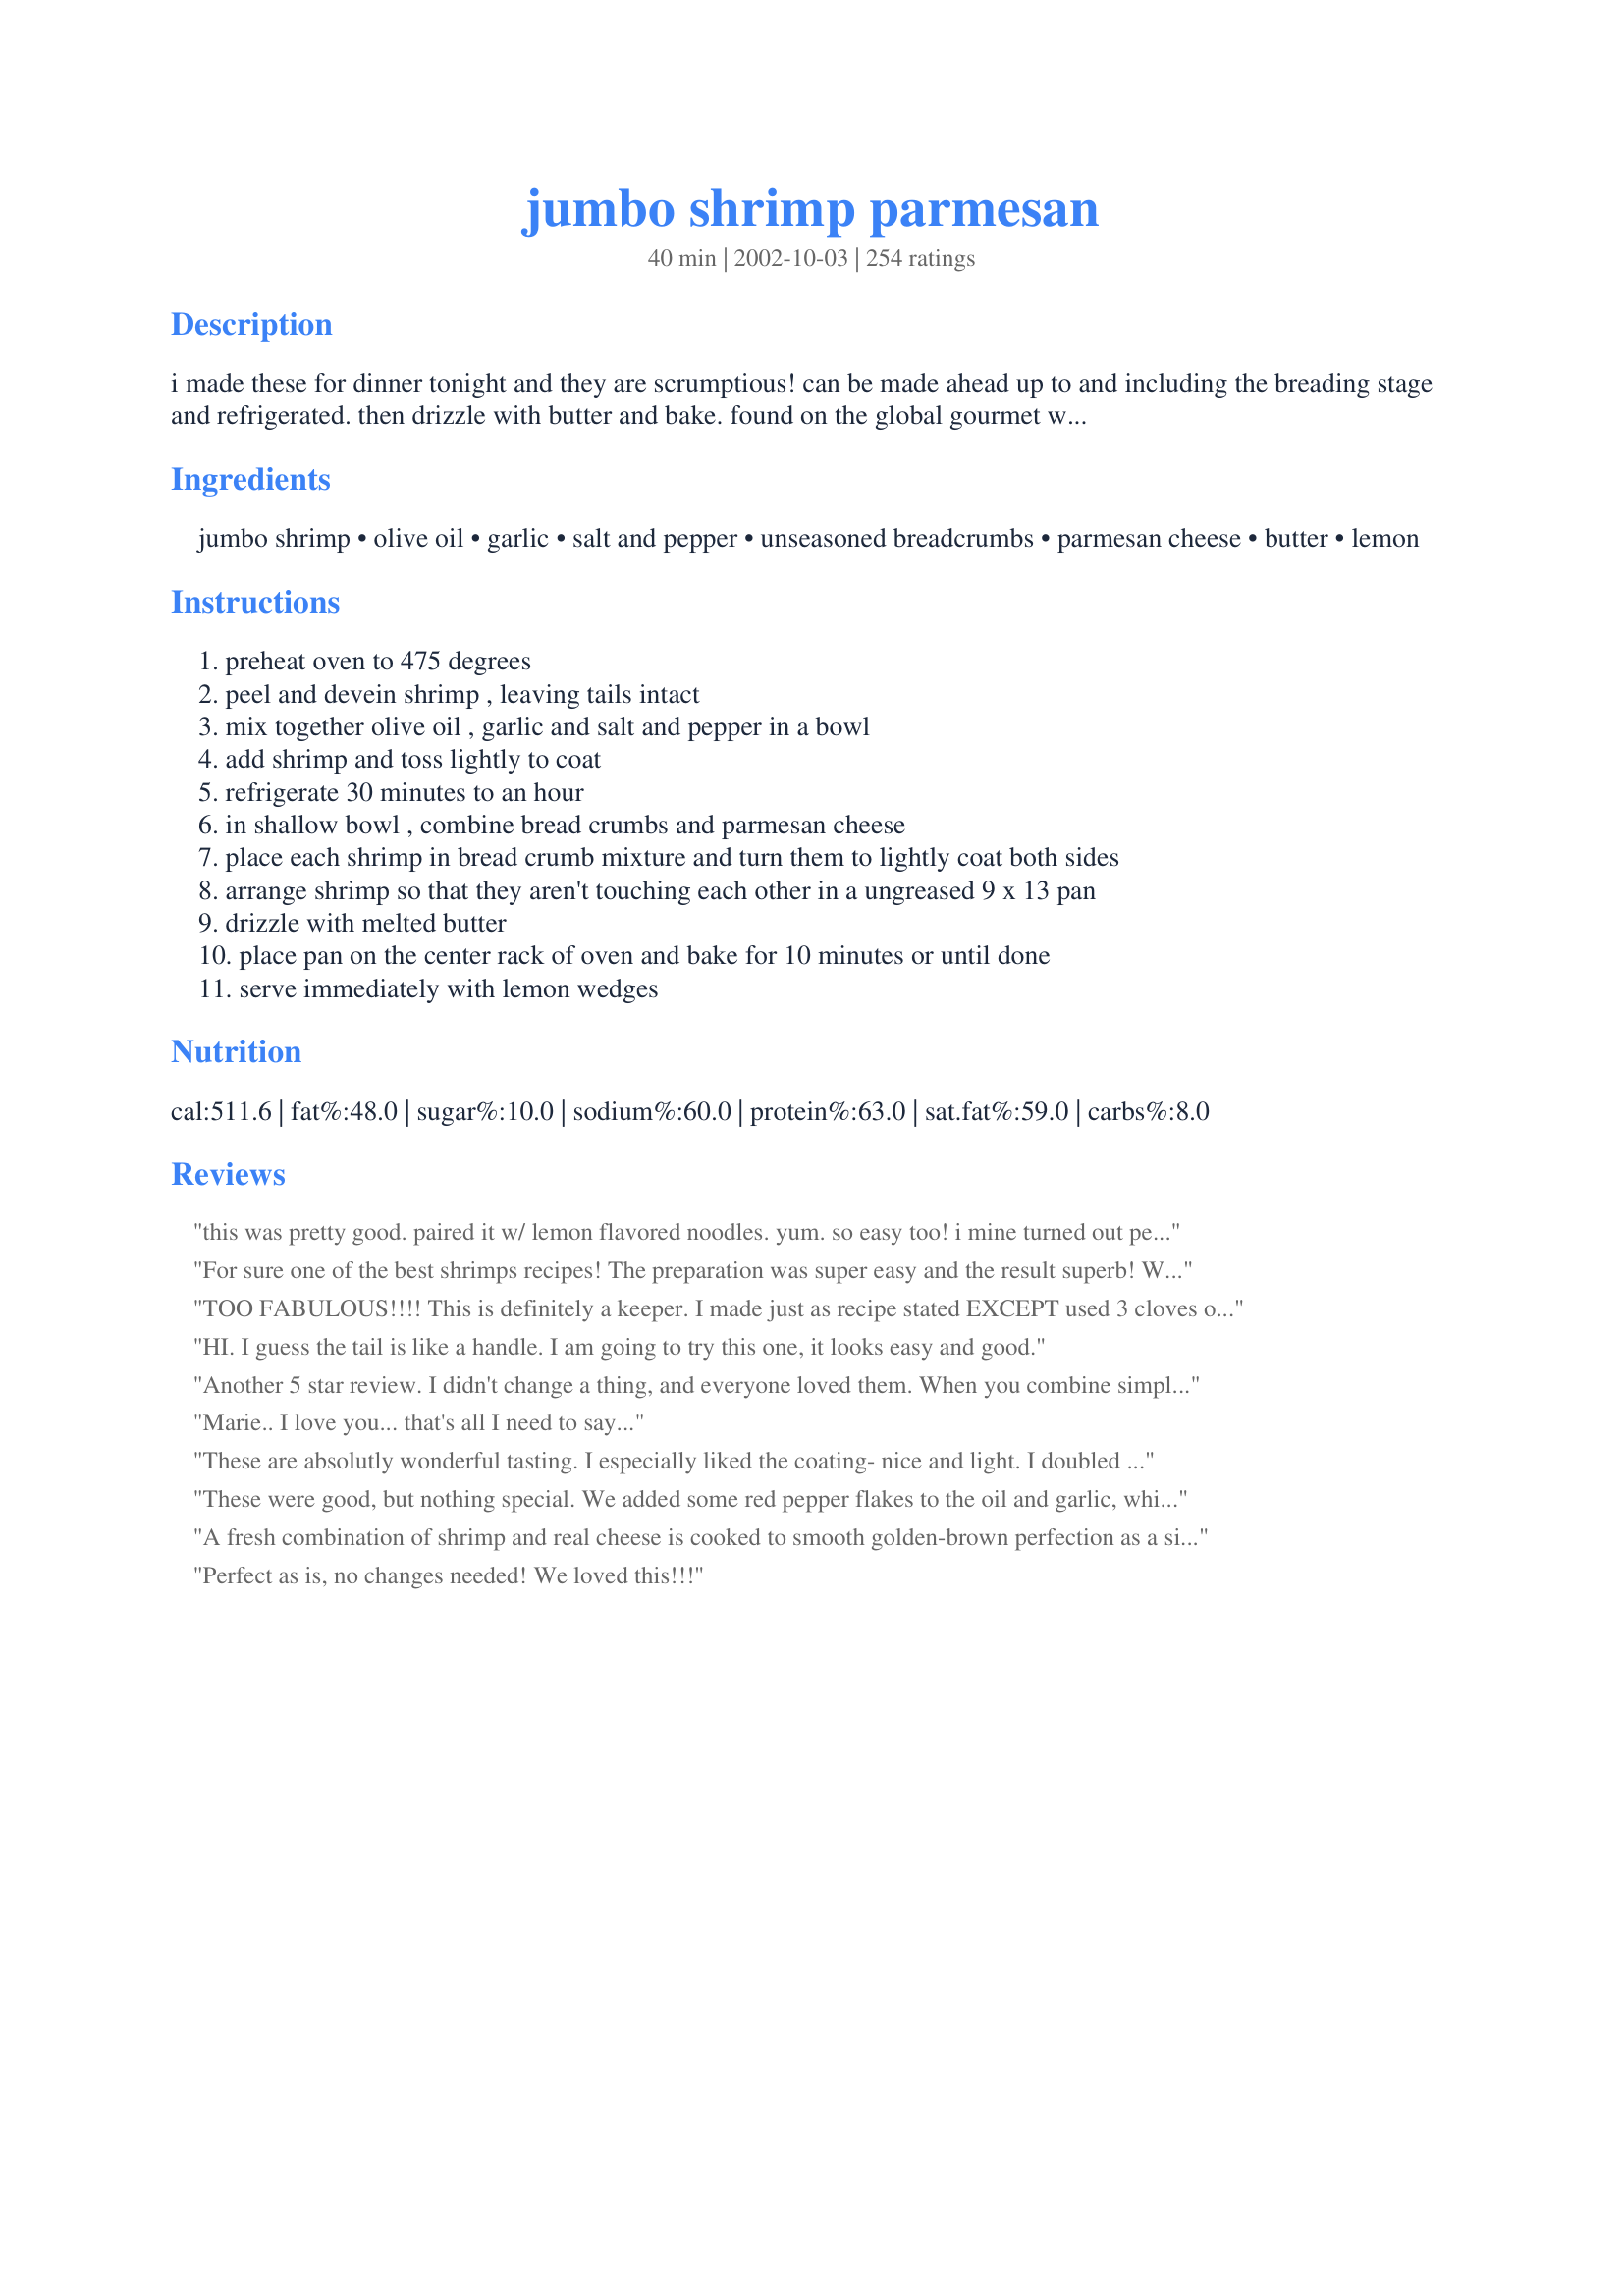
jumbo shrimp parmesan
Preparation time: 40 minutes

i made these for dinner tonight and they are scrumptious! can be made ahead up to and including the breading stage and refrigerated. then drizzle with butter and bake. found on the global gourmet website.

Ingredients:
jumbo shrimp, olive oil, garlic, salt and pepper, unseasoned breadcrumbs, parmesan cheese, butter, lemon

Steps:
preheat oven to 475 degrees
peel and devein shrimp , leaving tails intact
mix together olive oil , garlic and salt and pepper in a bowl
add shrimp and toss lightly to coat
refrigerate 30 minutes to an hour
in shallow bowl , combine bread crumbs and parmesan cheese
place each shrimp in bread crumb mixture and turn them to lightly coat both sides
arrange shrimp so that they aren't touching each other in a ungreased 9 x 13 pan
drizzle with melted butter
place pan on the center rack of oven and bake for 10 minutes or until done
serve immediately with lemon wedges

Reviews:
this was pretty good. paired it w/ lemon flavored noodles. yum. so easy too! i mine turned out perfectly crisp even w/ butter drizzled on top. just had to broil it in the end. squirt of lemon b4 serving made it even more perfect. thanks for sharing!
For sure one of the best shrimps recipes! The preparation was super easy and the result superb! We enjoyed this over spaghetti!
TOO FABULOUS!!!! This is definitely a keeper. I made just as recipe stated EXCEPT used 3 cloves of garlic (true garlic lovers). People were arguing over who was going to get the last one. We ended up slicing it 3 ways. Fortunately we had the huge prawns from Costo. This is definitely a keeper in this house. Thanks so much!
HI. I guess the tail is like a handle. I am going to try this one, it looks easy and good.
Another 5 star review. I didn't change a thing, and everyone loved them. When you combine simplicity and outstanding flavor you have a winner - and this is it.
Marie.. I love you... that's all I need to say...
These are absolutly wonderful tasting. I especially liked the coating- nice and light. I doubled the recipe and added 2 minutes to the cooking time to compensate for multiple trays at different levels in the oven. Prepared the recipe as written with the following exceptions. I used Panko breadcrumbs, 1/8 cup freshly grated parmesan cheese, and 1/8 cup freshly grated romano cheese. I did use a cooking spray on the baking pans and omitted drizzling 2 tablespoons of butter. Thanks you for the recipe I will make these again and again.
These were good, but nothing special. We added some red pepper flakes to the oil and garlic, which added a good spice. It was missing something, maybe pan-frying would give a crispier crust or serving with a dipping sauce next time. Thanks
A fresh combination of shrimp and real cheese is cooked to smooth golden-brown perfection as a side-dish.
Perfect as is, no changes needed!
We loved this!!!
I baked 2 pounds of 31-40 count as an Easter appetizer. Wow! Everyone couldn't stop eating them! My friend was amazed that the recipe was so simple. The only change I made was that I used Italian seasoned breadcrumbs since that is what I had on hand. I think the seasoning gave them added flavor so I will continue to use in the future. Thank you Marie!
I made these for a few friends for dinner. They were a huge hit!! Will for sure make again
Killer!
Another high five from a shrimp lover! The combination of shrimp, garlic, and parmesan was a winner in this house. All these ingredients mingled perfectly. This recipe will be reached for again and again! Thank you!

I too used large frozen shrimp. About 45 to a pound. I let them unthaw before I marinated them and cooked them for about 5-6 minutes.
Made these one night when hubby was away so I made them in 2 8x8 pans so he could have some the next day. They were wonderful and sooo easy! Hub got home around midnight and tried the one I left him as a tease and fired up the oven and cooked his right then. Now he wants them once a week with a salad as dinner. Great recipe!
This was a delicious dish that we really enjoyed and so easy to make. I used 1 pound of extra large shrimp and panko bread crumbs. I marinated the shrimp in the olive oil and garlic for 2 hours. Just prior to putting it in the oven I sprinkled them with cajun seasoning and then drizzled the butter on them. Excellent! I will be making these often.
With all these reviews I knew this would be and excellent recipe and it was!
Definitely one of the best shrimp recipes of all times. My husband wanted me to make it again the following night! So easy and really delicious. I made exactly as stated and served with roasted asparagus and a cauliflower gratin and a salad. Thanks for posting.
These were great! Followed the recipe exactly.
Excellent!! No "jumbo" shrimp available, so I used large shrimp (16-20 ct.), italian bread crumbs, and a little extra garlic. Left them in the oven an extra 2 minutes to get a little crisping, and they turned out superb! Thanks for a great Valentine's dinner, Marie!
Omigosh, marie, these are soooo fine!!!

I had a small problem with the cooking time, but it wasn't the fault of the recipe. The only seriously big shrimp my market had today was the size they classify as "colossal". (1.02 lbs., and I only got 8 shrimp.)

I allowed an extra 2 minutes for the size....but had to stick them back in the oven for almost 3 minutes more. (Those suckers were huge!!) Served with lots of lemon wedges, as suggested, and a very spicy cocktail sauce on the side. 

This had to be the best 10-minute meal I ever fixed!
UMMMM! These were SOOOOO GOOD!! Turned out perfect! I used 1LB of jumbo shrimp, Panko breadcrumbs, and added a few dashes of hot sauce.. but not enough because they were not spicy. Also in the marinade, I sprinkled about 1/2 tbsp dry basil. We didn't even use cocktail sauce, cause they were so good they didnt need ANYTHING. Oh, one more thing, I did as one of the reivewers said.. I put oven on BROIL, and timer for 10 minutes, and after 5 minutes, i turned the shrimp over. I will do 2lbs SHRIMP next time, because we COULD NOT GET ENOUGH! 
Thanks for sharing...
Great flavor, super easy to prepare, simple ingredients I have on hand most of the time. I actually used frozen shrimp(31-40 size) and they turned out great. My 1 yo and 3 yo even loved them :)
Absolutely THE best shrimp EVERRRR!!! We used 2 bags of the frozen medium shrimp and added some garlic powder, onion powder, and some italian seasoning to the breadcrumbs. We also used like 5 cloves of garlic. Super amazing. Will be making like... everyday!
Great alternative to fried shrimp!!! I used some extra large shrimp with tails on and some romano cheese along with the parmesan... I made these for my BF for Valentine's Day and we both loved them... He thought they tasted better than fried shrimp and I loved the fact that they were so much easier to prepare and cook... and healthier than deep frying! I loved how the sweetness and tenderness of the shrimp really came through when prepared this way!!! Thanks for sharing!!!
Absolutely delicious!! I loved this style for cooking shrimp. The shrimp were crispy on the outside and very tasty! Next time, I'll skip adding salt since the Parmesan provides enough. Thank you for a great recipe! A winner for sure!
Oh!! My!! God!!!
This was out of this world. I could chow down on this recipe every day. Perfect flavor, perfect taste. Any one who makes it will fall in love.
Definitely a hit here tonight. The only negative thing I have to say is that the bottom of my shrimpies burned black. I don't think it was the recipe at fault.. I think my temperature knob on my oven may be off. But regardless, they were spectacular and I will definitely make these guys again!
Simple, light, quick, easy, elegant!
This was the best tasting shrimp that ever graced my tastebuds! Didn&#039;t change a thing except I used a 3cheese mix (romano,asiago and parmesan) since I didn&#039;t have parmesan on it&#039;s own! Thank you so much for this recipe :)
Loved it! Had to use some Italian seasoned breadcrums and subsituted regular butter with some Brummel & Brown yogurt butter. It turned out great.
These are so yummy and crispy...I just squeezed a bit of lemon juice on them...they are a keeper...made for &quot;the best of 2017&quot; tag game...
Amazing to eat and easy to make. A total winner with my DH and I! We had them for our anniversary dinner and what a nice surprise!
Very good! I love that they have great flavor from the marinade and they are not heavily breaded. I omitted the butter drizzle and used a bit of olive oil. An EZ & Tasty dinner, thanks Marie!
These were very tasty and an easy weeknight meal. I tossed my shrimp with lemon juice prior to breading so they would stay crisp. Thanks for posting!
EXCELLENT! The easiest and tastiest shrimp I've ever had that were not fried! I did marinate fresh local shrimp about 6 hours, which may have made them so very tender. 

The only problem I had was getting enough of the bread crumb mixture to stick to the shrimp. (I had almost 1/3-1/2 of crumb mixture left) I did add 1/2 teaspoon fresh ground pepper, 1/2 teaspoon Cajun seasoning, and 1/4 teaspoon seasoned salt to the (Panko) bread crumb mixture.

A delightful alternative to fried shrimp! I will be making these again and again! Thanks for a great recipe.
I prepared this for my DH as I don't eat shrimp. I used 12 41-60 count shrimp amd marinated them in 1 Tblsp olive oil, 1/2 tsp lemon juice, 1 fresh clove minced garlic and some fresh ground black pepper for about 2-3 hours. I used about 1/4 cup breadcrumbs (Quick bread crumbs for Casseroles recipe #57875 which I had in the freezer - great recipe!) and 1/4 cup parmesan cheese. I baked them 10 minutes. My DH loved them. Said the flavor was outstanding! They were pretty easy to prepare, especially since I did the first part of the prep earlier in the day. Thanks for sharing your recipe Marie!
Made this for dinner last night. It was so simple yet so very delicious! I used Trader Joes 1 lb. bag of already peeled and deveined jumbo shrimp (so convenient) and panko instead of breadcrumbs. I also lined the pan with parchment paper before baking. Thanks for sharing this recipe Marie. Everyone should try it!
Delish! The only thing I would do different is to use larger shrimp than the ones I had. Thanks for an easy recipe that's fab!
I made these for dinner last night and they were wonderful! I used 1 pound of medium shrimp and it worked out fine. These would make great appetizers as well. Thanks for posting!
These shrimp were delicious! My husband and I both loved them. This is our new favorite way to cook shrimp. (Note: the only change was that I used italian seasoned breadcrumbs, as that is all I had in the pantry).
Delicious! Goes well with chicken breast also
My husband and I thoroughly enjoyed this delicious recipe. I basically followed the recipe but I had to make a substitution and use shredded Parmesan. I made fresh bread crumbs and just threw the shredded Parmesan into the processor with the bread so it would have a texture similar to the grated. I butterflied our shrimp because they were really jumbo. Lightly battered as directed and put them on a foil lined and lightly oiled pan before drizzling with the butter. I baked them about 13-14 minutes. I will be making this one again and again!
Thank you Marie for a awesome recipe. I paired your Jumbo Shrimp Parmensan with David Ball's Buttered Egg Noodles #11107 and it made for a great marriage.
Bought 6 shrimp at the store for $1.25. Treated my husband to a fantastic pasta alfredo dinner served these babies along side and he was utterly speechless. Fantastic recipe. Honestly had never even touched a shrimp before and they came out PERFECT!!! CHEAP and FANCY!!
The shrimp turned out crispy and flavorful. I served with with steak and it went over well.
We loved this, and it was so easy! I made the shrimp exactly as written. I also made angel hair pasta with a sauce of olive oil, butter, and garlic, and tossed it with some fresh parsley and grated Parmesan cheese. Put it all together and... Yum!
I absolutely loved these. It was pretty simple to make, and well worth it. I was sick of making the standard Shrimp Scampi or Shrimp Marinara, and this definitely mixed things up a bit!
I didn't have large shrimp, so I used smaller with excellent results. They cooked in about half the time. I look forward to eating this again and again!
Wouldn't change a thing! Absolutely fabulous!
Loved everything about these tasty morsels from the sea! Everyone enjoyed to the max! I wiill make again soon to bring to a family cookout. I am sure they will be a hit! Thanks Marie!
My daughter requested this for her 10th birthday dinner. It was simple enough that she was actually able to do it almost completely on her own, yet tasted like something much more complicated. Everyone loved it, young and old alike. We served it with other seafood and a rice pilaf. I think the only change I would make next time is to line the pan with tin foil to make clean-up easier. Thanks! :o)
i did these for my dinner party last night and everybody raved about them. they are very easy and i used king size prawns instead of tiger prawns. excellent
ooops..I forgot to give this one the 5 stars it deserves!! Great dish!
WOW. Made as directed, except I omitted the drizzled butter, removed the tails and sprinkled paprika over the top before baking. Made for a dinner party and these were a HUGE hit. Can't wait to make again. Thanks a lot!
Tail on is visually more appealing than &quot;tail off&quot;, makes the shrimp &quot;look&quot; larger (tricking both your brain and your stomach,) and may help in not over cooking that end of the shrimp.
I had company last night for dinner and decided to make these to go with a few other appetizers I was making. They came out great! Dawn
SOOOOOO delicious! I had gone out to eat and ordered shrimp parmesan and when I found this recipe I knew it would be great. I served it with the classic baked spaghetti #32731 and the shrimp dissapeared...will be making very very often. Thanks marie!
This is really fabulous. I followed the recipe exactly other than using seasoned bread crumbs (what I had) and not having lemon so dribbling some bottled lemon juice over the top before serving. I will definitely be making these again, especially for company. SO EASY! Going into my Best of 2018 file!
We have made this probably a dozen times and the only thing we have started doing lately is squeezing lemon and lime on the shrimp before eating. Wow!
These were every bit as good as I had hoped!I lined the baking sheet with Pam sprayed foil. Can't wait to make these again! Thanks so much, Marie.

Roxygirl
I used panko bread crumbs and parmesan that I grated in my good processor which I think detracted from how much better they would have been because the bread crumbs and the parmesan were not fine crumbs they were quite large which made sticking to the shrimp difficult. Next time I'd either process them smaller or use regular bread crumbs and grated parmesan reggiano from the store.<br/><br/>FANTASTIC FLAVOR! UPDATE: I just made these again tonight and used finer, homemade, bread crumbs... they worked great and I love the flavor.
These are easy to whip up and they taste so good, you'll be going back to the pan till they are gone! We loved these!
We all love this one, especially hubby who requests it on a regular basis...at least twice a month. We always serve over cesar salad with garlic bread.
Terrific Shrimp recipe.... THANKS
Really great shrimp recipe. Simple to make,and just a few basic ingredients. I used Panko breadcrumbs, and a combination of Parm and Asiago cheeses. Simply wonderful, and wonderfully simple. I will make this one again for sure.
They were really easy to make. I got the 20-something to 30 count shrimp, and I took the tail off too, because I hate to get my fingers dirty again and I want all the shrimp meat. I also used planko bread crumbs because it is what I had. They were great. They had a nice light taste and the lemon added to the flavor. I enjoyed it both with and without the lemon on them.
This is a really great recipe! Thanks for sharing
This dish was yery easy to put a great meal on the table. The shrimp were perfectly done and had a great flavor with the cheese and garlic. I loved adding the splash of lemon at the end, thanks for posting.
This was a very easy and delicious recipe. The only thing i changed was down sizing the jumbo shrimp to regular sized shrimp. I made atleast 2 dozen. I'm going to continue to make this for years to come.
DH loved this recipe! We used it for our traditional Xmas eve seafood extravaganza. He liked it much better than fried shrimp. We used regular sized shrimp. DH recommends pulling the tails off before baking for easier eating.
DH and I both loved this recipe. I did not have jumbo shrimp so I just used a pound of medium peel and eat and they were great!

I did not coat each shrimp individually, being lazy and all. I just put them all in the coating mix, made sure they were well covered and then poured the whole thing onto the sheet. It was scrumptious!

Also, I forgot the melted butter in the microwave. So this was omitted.
Ok.. another review.. I know it doesn't need it but I made these last week and they were delicious. I didn't have unseasoned bread crumbs so I used Italian Style crumbs and the shrimp were very good.
Wow...I'd give this 10 stars if I could! This is one of the best thing I've ever eaten. Tastes like something you'd get at a fancy restaurant. I didn't have any plain breadcrumbs, and used seasoned Italian breadcrumbs instead. AWESOME, thanks!
Wow, did we ever enjoy the shrimp prepared this way. Thank you so much for sharing this wonderful recipe that has made it into my Best of Cookbook for 2017. Kudos to you... The shrimp were incredible, perfectly cooked, flavorful and had a wonderful texture. Made for What's on the Menu? Tag Game.
Quick, easy, and delicious! These shrimp taste like they've been fried, even though they are baked in the oven (much healthier). I used seasoned breadcrumbs and served these along with lemon risotto. Great recipe, thank you!
Superb! Wanted to see if this recipe would make good appetizers if smaller shrimp were used. It does! I used one pound of 41-50 count shrimp and the other ingredients and quantities as written. They baked in five minutes and were outstanding.
A little bland. I tried this with the So Easy Fish (#7913). The fish turned out very good, but next time I'll try broiling or BBQing the shrimp.
Excellent! I made the recipe as directed using 1 1/2 pounds of U10-12 shrimp and marinated for 1 hour. The shrimp came out perfectly cooked with a lovely garlic-Parmesan flavor. Great recipe Marie, goes into my "book of special tricks" !
So very good!!! Easy to make and so good!
Marie, all I can say is MMM GOOD!!! We had these last night for dinner and DH devoured them. I sprayed them with I Can't Believe and put on a rack so they would crisp up. They came out perfect (like they were fried). The only thing I did was added some lemon zest to the breading. We will definitely have them again. Thanks.
Amazing!!!!
Loved it!!!! YUM!!!!
Wow, what a great recipe - Baby Kato was right to include this in her Best of 2017 list! The shrimp were super easy to prepare (and fast!) with ingredients always in stock at my house. This would be a wonderful entree to prepare for guests, or just as an easy weekday dinner like tonight! Thanks for posting!
Great easy easy recipe! Subbed Italian breadcrumbs for plain and naturally, added more garlic! Served with a bottled romalde sauce and it made for pretty darn good "gourmet" fare! Thanks for a great easy recipe! The kind everybody likes!
This was delicious. To make it a bit more healthy, we skipped the butter and use half the parmesan cheese.
Wow What was not to like! =) Simple, easy to prepare and delicious!! The seasonings are just right. They add a nice bit of zap and still let the flavor of the shrimp shine through. Excellent!
I made these last night they were great! I added more spice 'couse hubby likes a kick to them but were very easy to make. thanks.
My husband and daughter gave this 5 stars, my son and I gave it 4.5. It is super easy and very good. I did as others suggested and broiled the shrimp a couple of minutes to get them a bit more crispy. Thank you so much for the recipe, Marie!
I have made this recipe numerous times. It always turns out the same- absolutely delicious! Thank you for sharing it!
This an all-around great recipe. Simple, easy, and delicious! My guests for Christmas dinner raved. I served the shrimp on beds of garlic-sauteed spinach.

I'll be making this dish again soon. I think I might reserve the butter until after the shrimp have cooked, so the breading gets crispy. 

Thanks for a great recipe!
Absolutely fantastic! I've made on Sunday and my family loved it!
Delicious and easy to make! My husband and son loved it! Thank you for the great recipe!
I have made these a couple of times and they are just great. I served them with Recipe #51504 and Recipe #50847. Great, easy meal.
YUMMY! These shrimp were simple and great! The only change was to use some cajun seasoning instead of just salt and pepper. I served them with a long grain and wild rice and a couple of vegetables, and we loved them for dinner. I doubled the recipe since I had a 2 lb bag of frozen shrimp. The next night I made pasta, Aglio e Olio: spaghetti with EVOO, crushed red pepper, and garlic, and added some mushrooms. At the last minute, I threw in the leftover shrimp to warm and tossed them into the pasta. We couldn't decide if we liked them better plain the night before, or in the pasta made with the leftovers! GREAT RECIPE!!!
My husband said it was ok - he didn't think it had much flavor. My kids LOVED it!! They argued over what rating to give the recipe.
I've always been afraid of cooking shrimp. These turned out perfectly! Can't wait to make them for company.
Delicious! The best shrimp ever.
Excellent!! Paired mine with a nice green salad with mandarin oranges & cranberries in it. A nice light meal but very satisfying.
This is a great recipe. Shrimp were tender and oh so tasty. I did not have unseasoned bread crumbs so used Italian and it was wonderful. Thanks Marie!
i made these for labor day weekend as we had company, and i had to give them the recipe...it was a huge hit and looked like it took me all day to make...fantastic
Shrimply delicious! Great, easy and quick, what more could someone ask for. A shrimp lover's delight. I can't wait to get more shrimp and make this recipe again. Thanks so much for posting.
I'll add my 5 stars to this one. I did add the juice of a half of lemon to the olive oil, garlic mixture, but other than that made as directed. Absolutely wonderful. Thanks so much for a great recipe.
This recipe is insane and couldn't be easier to prepare! Jumbo shrimp have been on sale so I have been stocking up and am tired of scampi. Company was coming over and I found out *very* last minute that one guest has not been able to eat crab so I had to switch to something from shrimp stuffed with crab meat. Thankfully I had all ingredients on hand; didn't change a thing in this recipe. My guests eyes lit up when the platter was presented, piled high with these golden beauties. I paired these with a spinach salad and garlic bread. Wonderful!
These were a real hit, and oh so easy to make. I didn't use the butter either and they turned out great still!
Delicious! I even omitted the butter & used spray margarine, added a tsp of Old Bay seasoning and it was melt in your mouth good. Thanks!
Very tasty. Made this to go along with So Easy Fish #7913 and sort of combined the breadcrumb mixture for both recipes (breadcrumbs, parm cheese, lemon pepper and garlic powder) and used it for both the shrimp and the fish. Very tasty. Thanks for the recipe!
These shrimp were fabulous and would go great with pasta. The flavor and texture was better than most restaurant fare. Used parchment paper in the pan and clean up was a breeze.
Made these shrimp for an office party using medium shrimp and doubled the recipe. Needless to say, they were all gone in a flash.
ooh lala! i used large shrimp and had fantastic results. prepared the shrimp with all the same ingredients, but made adjustments where necessary to get them nice and covered in the marinade. i loooooove garlic so i added 4 cloves, and the flavor was perfect. this one deserves more than 5 stars! even my picky BF thinks so-- thank you marie!
These were pretty good. I will stick them under the broiler next time to make them crispy. Hubbyy thoroughly enjoyed them.
Absolutely fantastic...followed the recipe exactly. I also used panko. Will be making this again soon! Thanks!
Excellent - alos used Panko. The garlic seemed really strong - but my family said it was fine. Will definitely make again,
Awsome. Easy and simple. No wonder all the stars. Thank you
Made for 12 people last night using 20ct prawns. For the breading, I used regular panko, garlic herb panko, parmesan cheese, and some potato flakes for some extra crunch. I sprayed with a butter spray rather than drizzling with butter. The baked up perfectly in 10 min. I served with a few different sauces... pineapple habanero, champagne grapefruit cardamom mustard, remolaude, and cocktail sauce. I had rave reviews from everyone!! I will definitely make again and will also be trying this recipe with fish.
This was very good and very quick to make. There is a restaurant right by our house that makes the best shrimp parmesan and I guess that's what I was expecting. While this was delicious, it wasn't quite as good.
Very excellent (and easy) recipe! I actually used smaller shrimp since I only ever seem to have the 31-40/lb shrimp. And while it was more of a pain to coat them and spread them on the pan they were still delicious! I also removed the tails.

I think that next time I may bake them just a minute or two longer for a bit of extra crunchiness.
Wanted new shrimp recipes other than my herb grilled shrimp from Ina Garten. Looking for simpler recipes than I have been making from the food channel. They&#039;re great but you can&#039;t do it on a regular day when yore tired or not in the mood. This website seems to have some easier recipes from real people. Love that. This shrimp was AMAZING! Crunchy and flavorful. I did use Panko and extra garlic. Loved it!
I made this tonight as surf n turf with beef tenderloin. Only change I made was to season the oil with zesty Italian dressing seasoning for the marinade. It was excellent and all who had dinner really enjoyed the new recipe. Already moved to my "Tried and Wonderful" cookbook!!
I had to use gluten free bread crumbs due to a family member's gluten intolerance, but otherwise followed the recipe. They turned out great and were enjoyed by all. Served with a side of garlic chive noodles.
This was fabulous. I used Kasseri cheese and added ~1/2 tsp. italian seasoning to the oil/garlic marinade. Taste was fantastic. I will definitely make this again.
Fantastic, I would give it more stars if I could. I followed the directions, except I used Panko breadcrumbs, it gave them a nice little crunch. Dee-lish!

Update: Even tastes great reheated in the microwave the next day!
This recipe is great! It has been a while since I have heard my husband go on and on about one of my dinners, but he did last night. Thanks for the recipe!
I love shrimp, but didn't love this. I really wanted to. Sorry! The flavors just weren't quite what I was expecting.
Wonderful shrimp. Most of us never had shrimp made with Parmesan before and let me tell you these were gone in minutes! Thanks for sharing, Marie!!!

Yep, another 5 star review. The shrimp are excellent and the preparation easy.
This was very good and so easy that my nine year old enjoyed helping. Prep time is mostly the marinating time for the shrimp. It really only took about five minutes total prep time for this dish. I served mine with Pasta and garlic alfredo sauce and brussel sprouts. I drizzled the butter on the shrimp with a teaspoon, but a medicine dropper would be good to use too, because they do not need but a few drops on top of each shrimp for them to turn out nice and golden/crispy. Very good and thank you for posting.
very good. Iwill continue to make shrimp this was....thank you, Stephanie
Stop it already! I can't afford to do this two days in a row! So delicious, so easy, so perfect. I did wonder one thing when I made it the first time, should I use fresh grated parmesan or the "green can stuff"? I'm sure its good either way. BTW I used the Kraft!
Excellent! ABSOLUTELY THE BEST SHRIMP I'VE EVER HAD! I've made this several times and the only changes I've made were to use 30 count shrimp and Key Limes. Both are merely personal preferences. Thanx for posting this great recipe. Pierre
Out of this world! Seriously, one of the best shrimp recipes I have ever prepared. I used panko and a huge squeeze of lemon. I doubled the recipe and there were no leftovers. Thank you for sharing this simple, tasty recipe!
I made this tonight for my husbands friends that came over to watch a boxing match . they loved it. I also loved it . very easy I made it the day before. and it came out great
Does anyone watch The Goldbergs? The mom's signature dish is shrimp parm! I am making today, cannot wait to try
Yummy! I didn't make enough!! I only made 4 large (not jumbo) shrimp for each of us, and both of us wished we had more. :) I marinated my shrimp for about an hour. Forgot to drizzle with butter for the first few minutes of cooking, freaked out because they looked really dry when I finally DID drizzle them, but they turned out delicious anyway. :) Skipped the lemon as I didn't have any on hand. Served with Recipe #12365 tossed with mini pasta shells and a salad for a great meal. Thanks so much for sharing this awesome, simple recipe! We will be making these again for sure.
Great!!!!! Like the other reviewers stated, it is so easy yet so delicious. Will make this again and again.
Really good! Be suer to coat them VERY lightly - the ones that had a bit heavier coating were soggy. Thanks! YUM!
Very yummy and simple! I served it over lemon flavored pasta.
I was sitting on the fence between a 3 or 4 rating for this recipe and gave the recipe the benefit of the doubt in the event it was my doing that caused my shrimp to be soggy and not crispy like others commented they achieved. I added extra garlic and used italian bread crumbs since that's all I had on hand. I also used smaller sized shrimp since it was all I had and another reviewed said hers turned out great in a smaller size. This was definitely tasty...but the sogginess kind of took away from it for me. The fresh lemon at the end is a definite must and probably was the determining factor in giving this 4 stars. I may attempt this again after reading all reviews to see what I can do differently to avoid the soggy breading. Still a good recipe. Thanks for posting.
I'm doing low carb, so I left out the bread crumbs and just breaded the shrimp with store-bought Parmesan crumbles (the kind with the ingredient to prevent caking). My husband loved it even more than if I had used the bread crumbs (and HE's not doing low carb!)
I used smaller shrimp like Sugarpea did, and I couldn't find my fresh garlic so I used garlic powder, and it still turned out delicious.
Now he wants me to make them for the Christmas party!
OUTSTANDING!!!!! My family LOVED this recipe!
Awesome simple recipe! It is a healthy alternative to fried shrimp. We saut&eacute;ed onions, bell peppers and minced garlic and served it on the side. Great dish
Wish I could give this 10 Stars. Thanks.!!!!
Outstanding! I haven&#039;t reviewed any recipes in awhile, but this was so impressive, that I had to make the time. Love!
I agree with everyone else on this one ! Incredibly simple and delicious. The fresh lemon served with the shrimp is a must.
Really easy to do and turned out really good. Did this as a "candle light and wine" dinner and it worked like a charm. Thanks Marie
Hubby loved these tasty guys! Served with a pasta alfredo...good combination! Will definitely make this for him again soon!
Hubby likes this one (I dont eat shrimp).
Nerma, Easy solution to your problem. Order the shrimp dish and take the knife provided you at the restaurant and cut the tail off and eat. Problem Solved! Not even any fingers are messed up with shrimp ingredients.
These were indeed scrumptions - a wonderful taste with the butter, olive oil, and garlic. The only thing I would do differently next time is omit the salt. I put more than necessary especially since the recipe called for parmesan cheese. Wonderful and very easy.
I cannot even begin to describe how wonderful this is...it deserves 100 stars. It is soo easy and unbelievably good. It was devoured. I did put the oven on broil for a few minutes at the end so it would brown up a little. WONDERFUL!!!If you have'nt tried this you MUST!!!
Delicous! I made these with panko and everyone loved them I will definatly make them again!
These were absolutely wonderful! And so simple to make. I didn't have unseasoned breadcrumbs so I used the seasoned ones. To make it even easier I did not leave the tails on and put everything in a ziplock bag to mix it up and evenly coat the shrimp. I added some red pepper flakes for some zing. I cooked them in a stoneware dish sprayed w/Pam and they cooked to perfection. The only thing I will do differently next time is double the recipe!
These were simple to make and very good! A nice change from the usual beef or chicken meals we usually have too. I served with multigrain rolls and some fruit salad. Yummy meal!
I madethese for dinner last night. I used Creole seasoning salt for the salt. These shrimp were awesome! Thanks Kittencal!
These were delish! Doubled the recipe and used seasoned italian breadcrumbs. I served with pasta covered with a roasted tomato, red onion and garlic topping. Perfect together. I plan on serving just the shrimp without the pasta during the football season as a snack. Thanks for the recipe!
Fantastic! My son and I (the only shrimp lovers in the house) gobbled up a whole recipe of this ourselves. This is my new favorite shrimp recipe. Thank you for sharing it here.
Yes, these shrimp are to die for. I doubled the recipe for my big bunch. Still wasn't enough. We could not stop eating them. So easy it was just too good to be true. Thanks Marie.
Ok, cute story time.... I have a 13 yr. old daughter, who for the most part, has an aversion to seafood. Consequently, I don't make it all that often. I made this recipe tonight, mostly because it is Good Friday, (no meat) and I thought she would not be home, as she was putting in service hours at the fish-fry at church. (for her Confirmation) Well, the way it worked out, she came home, just as I was serving dinner. I insisted that she try these little guys, because after tasting them myself, I was convinced she would love them! Well, she was reluctant to say the least, but after she ate the first one, she grabbed 4 more off my plate, and ran! I laughed SO hard! Needless to say, these were a hit! I made them exactly as directed, except I doubled the recipe, and I used PANKO bread crumbs. I believe this is the answer to the recent reviews mentioning "soggy" crust. I baked for 10 minutes, then broiled for about 3. FANTASTIC! A must, must try recipe for anyone who likes shrimp. (and clearly those who have never tried it!) Company-worthy for sure. Delectable! Thanks for posting this recipe!
absolutely delicious! we loved them!
Delicious!! Thanks for sharing the recipe!
Excellent dish. So tasty. I used medium shrimp I had on hand. Worked just fine. Cooked in about 7 minutes. Such a quick meal to prepare. Thanks for posting!!
The recipe said go light on the batter, and I totally agree. I got a few shimp all battered up to see how they would compare, and since we drizzle butter on them, it makes them too soggy, and the cooking time increases. I noticed that cooking the shrimp long enough to get the bread crumbs really golden makes a big difference in flavor. Yumm! Also, I used store brand shredded parmesan, and the parmesan could not be tasted. Guess next time I gotta go for the expensive stuff! I REALLY enjoyed this recipe. I actually didn't change anything and I usually do! Thank you.
I LOVE THIS RECIPE! I use powdered garlic and seasoned breadcrumbs, still great!
These were extremely easy to make and very tasty! Only change I made was using italian seasoned bread crumbs because that's all I had on hand. Also, to get these crispy may I suggest broiling them on LOW for approximately 10 minutes and make sure you flip them at least once. The breading on ours turned out nice and crunchy, so if you are looking for a crispy version of this recipe, try the broiler. Thanks Marie for a great recipe and these would also work great as an appetizer!
Absolutely delicious !!! I uploaded a picture . I served it with lemon pepper broccoli and yellow rice. Definitely great for a romantic dinner, company of 8 people or 6. (Jumbo shrimp are pricey;0) or you could do with small shrimp as an appetizer. Resteraunt quality taste , Thank you !!
Wonderful! I did use smaller shrimp, and they were tail-less. My breadcrumbs were unseasoned panko. I used shredded parm, the kind in the pouch from the cheese department, not the green can kind. 10 minutes was perfect. So glad I tried them!
I was impressed how good they came out and taste. I loved these shrimp paired with mash potatoes, green beans, and mac and cheese. Thanks for the recipe.
Delicious!
The only change I made was to use Old Bay seasoning instead of just salt and pepper. These were delicious! My &quot;drizzle with melted butter&quot; technique was abysmal more like a dump the butter all over half and then kind of &quot;dip&quot; the rest of the shrimp in the puddle! And they still turned out perfectly crispy! Thank you for this awesome recipe!
I made the recipe exactly as written and it is perfect. I wouldn't change a thing! We loved it and will make it again. Thanks for the great recipe.
I made these for company coming and they were eaten with many compliments from around the table! You can serve these as a tapas dish at the next holiday for the office or the family!
I pretty much followed the recipe exactly as written. The only addition I made was some lemon zest in the breading. My boyfriend took one bite and said Umm, these are good. He only compliments when it is GREAT. Thank you for the super simple recipe.
These were a hit with my two shrimp eaters. (I'm not one of them, but they smelled yummy!!!)

I used 31-40 shrimp, used garlic powder and cut the garlic in half, as my fiance' is half vampire, and only let the shrimp marinade about 45 minutes. 

I placed the shrimp on a baking pan lined with parchment paper. I baked the shrimp for 12 minutes, which, according to the fiance' was perfect. (I personally would have broiled for a bit to brown them up.) I omitted the butter as was suggested by so many reviewers, and was very glad I did. The oil in the marinade negates the need for the butter, imo.
There was way too much breading. Next time I will double the recipe, but not the breading! 
I served it with spaghetti and homemade marinara sauce and salad. 
This is a lovely and elegant meal that is surprising in its simplicity.
I made this for dinner tonight & we thought it was good. I cooked the shrimp for 10 min & it over cooked them a bit. This recipe is easy to do & it looked really pretty. I took a picture of the meal. I added 1/4 tsp. onion powder, garlic powder & italian seasoning to the bread crumbs & I served the shrimp over parm-butter noodles. I grated fresh parm over the entire dish & it looked gorgeous..I thought it was a fun meal to make!
Very yum. Thanks!
Used coconut oil instead of olive oil for a different flavor, amazing! Thanks!
Very easy and delicious. My husband always asks for this! Thanks!
I thought this was an easy recipe and it has a good flavor. I followed the directions exactly. Like the last reviewer ChicagoRN, I too debated between 3 and 4 stars--I also had trouble with the outside "crust" being soggy--my didn't crisp at all. The soggy texture bothered me, but my husband really enjoyed it regardless. I too will try to play with the recipe to see if I can figure out how to crisp it up.
I made these last night and they were very good! I think I tried to pack on too much of the breadcrumb/parm. mixture though. I couldn't get much of the cheese to stick. I think next time, I will go lighter on the breading, and sprinkle them with the cheese once they are in the pan. Still, that being said though--everyone in my family ate up every last bite! : )
I made this recipe for part of Father's day dinner. I used frozen cooked shrimp and doubled the ingredients. It was easy and delicious and it tastes like you worked much harder than you did! It deserves more than 5 stars. Thanks for sharing.
I thought these turned out great. Thanks for the recipe. I may try it with panko breadcrumbs next time and see how that turns out.
Ok, so I only had Italian seasoned breadcrumbs but still..."Yummm!!!"
Everyone loved this, including me, the chef! I used jumbo prawns and followed the recipie as directed. Easy, delish and impressive to guests!
These where awesome, the only dilemma I had was to use cooked or raw shrimp. I used cooked, peeled and divined clausal shrimp. They worked out fine, but will try raw next time to see if they come out a bit more tender. I drizzled the melted butter over the shrimp after they were baked. Thanks, I will be making this dish over and over again!
I made this recipe exactly as written with one deviation; I used Panko Breadcrumbs instead of regular breadcrumbs. These were very good and I will make them again. The shrimp were very juicy and tender on the inside; crunchy and flavorful on the outside. I did find that 1TBS of butter would have been more than enough for this dish, and thus, 4 stars because the shrimp was a bit oily on the bottom side. The next time that I make this recipe I will cut the butter by half. VERY good recipe- thank you!
Delicious! I had 2 lbs of large Tiger Shrimp, so I quadrupled the recipe. I confess I did remove the tails. Between 4 of us we ate every last piece! I also added an extra clove of garlic (garlic lovers). This is so easy, and the fact that you can prep ahead is a bonus. Thanks for sharing this recipe. Nick's Mom
Yum! I used 2 lbs 51-60 shrimp and instead of drizzling with melted butter I sprayed with spray margarine, 5 minutes in the oven. The whole family loved them! Thanks for a great recipe.
AWESOME! Followed the recipe as written. Thank you, will be making this again and again.
very easy and very good !
This recipe is a keeper! The ONLY thing I suggest is to use a little non stick spray on your pan as they were hard to remove once the crust was formed. I will be making this again.
I used fresh tiger prawns and scallops for this recipe. Turned out pretty good. My only complaint is that the coating is not crispy at all. They turned out slightly soggy, but the taste is great. The scallops needed an extra 10mins to cook. Simple and quick dish. Thanks!
Delicious! Changed recipe a little- I used cracker crumbs instead of breadcrumbs, olive oil instead of butter, and no cheese. Turned out awesome. Thanks for a new favorite!
This was an outstanding meal. Did it as an anniversary present for my girlfriend. Goes really well with Asparagus, Lipton 'Butter and Herb' packaged noodles. Just bake the shrimp and serve on top the noodles. Simply outstanding.
We're not the Rockefellers, so I had to settle for 26/30 count shrimp. But I did them the same way, and oh, boy, were they good! I added about a half-teaspoon of Thai chile sauce to the marinade, because we like things spicy. Other than that, I'd halve the 'breading' because I wound up throwing WAY too much away, and that's just not thrifty!
Yum!
These were easy to make and very tasty, but I think they could be even better if after cooking they were tossed in a small amount of Buffalo wing sauce. As is, I made as written except I used garlic olive oil and after reading another review, I pulsed my breadcrumbs in my food processor to make them stick better.
YUM!
I've made these twice and each time it was when we had company. For our everyday meals, I don't mind going with something plain and ordinary but when we have guests, I like to serve GOOD food. This fits the bill. I'm going to serve them yet again TOMORROW NIGHT for my family's dear friends.
The only thing is, my son is allergic to shrimp so I feel bad eating these in front of him...but sadly not bad enough to not make & eat them!
Wow,this honestly deserves 10 stars! It's a wonderful, wonderful recipe! Shrimp is my favorite food to eat at a restaurant and I think this surpasses any shrimp dish I have ordered out! I used Pecorino Romano cheese and Panko breadcrumbs and an extra clove of garlic! Thank you for sharing such a delicious recipe!
Well here I go!!!!!! Jumping on the "OH MY GOD" band wagon. This was hands down the best shrimp I have ever made and I have made some awesome shrimp. I hid some for my lunch tomorrow. Thanks Marie. Laura Lee
Yum! Delish! I made this tonight for myself since Jo-Jo doesn't like seafood. <br/>The only changes I made were, adding lots more garlic (burp) excuse me & flipping 1/2 <br/>through baking. Another great recipe Marie!
This was SO good! The shrimp I had were huge (6 to a pound) so I wasn't sure what to do with them. Since they were twice the size of those specified in the recipe, I just butterflied them and followed the recipe as written. Wonderful baked at 450 for about 11 minutes. This is a keeper ~ WHEN we can afford these huge shrimps:)
Where did those prawns go???
I only had smaller 31 count in the freezer, but they were still wonderful! Easy, easy, easy & they made a great appy with champagne. I made them up ahead & when company arrived I put them in the oven.
I will be making these again. thanks
These were outstanding! Even my husband who is not a bit shrimp eater liked them! Vey easy to make and didn't change anything.
WOW,These are great!!!So simple to do and so tasty!!We really liked these.I will be making these for DH and I often.I served mine with rice and asparugus.FANTASTIC!
loved it---my kids were picky though--they loved it at first---they are always wierd though. Will make again---I used 1 lb mini shrimp---would probably be a little better with bigger shrimp.
These were delicious! I added about a teaspoon of Old Bay to the marinade. My shrimp were medium sized so I baked them for about 7 minutes. We really enjoyed this! Thanks for the recipe!
Definitely worth the 5 stars! So easy and so tasty. I used panko (Japanese) breadcrumbs and the shrimp came out nice and crisp. We had these with french fries and cole slaw for a great dinner! Thanks marie for a great recipe.
Made for a graduation party and they went over real well. Everyone loved them and asked for my secret recipe. I couldn't remember it so I told them it was "Top Secret" LOL. These have been a hit the 2-3 times I have made them now and we love them at my house! Excellent addition to my recipe file!
Absolutely, without a doubt, the best shrimp we have ever had!!! I made these with no additions or substitutions. They are wonderful!! Thanks Marie!! I will make these a lot!!
Superb! The whole family loved it.
Butter, Garlic, & Shrimp...how can you go wrong? Make it quick and easy like this and it's a keeper! (Just wish shrimp was in the budget every week!) Thanks!
I got rave reviews all around for this one! My sister held up 2 hands - - 10! Absolutely delicious. I may serve next time with a little cooking sherry or white wine with the butter and may also broil for a couple of minutes as suggested by other cooks. I served with the orzo primevera recipe on this site (Rachael Ray) and a loaded garden salad. PERFECT-O!
This recipe has to be my all time favorite. I made this for dinner and my girlfriends ate the up like they had not eaten in a month.LOL!

I will ake this recipe again and again.
Very Good!!! Used 1lb 41/50 ct shrimp. Omitted butter, doesn't need. Cooked 12 min on lg bar pan. Next time will broil for a few min. to get crispier. Great for company!!! Can't wait to try with large shrimp. This is a real winner!!!!


I am not a fan of seafood but my husband loves seafood and my 2 yr old was undecided until tonight. We all loved this, thanks so much for sharing the recipe!
Really great and easy. I followed recipe and then put on the BBQ while I was grilling steak. Just cook about 3 minutes each side.
Excellent! Followed the recipe exactly and wouldn't change a thing. My husband loved these, thanks!
This was so easy to make and it was oh-so-delicious! I used seasoned breadcrumbs and I did grate my own parm cheese...might have added a little more than recipe stated. I will definitely be making this again...YUM!
This was super easy and super good. I didn&#039;t have any fresh garlic so I just sprinkled a little garlic powder in with the oil, salt &amp; pepper. After tossing the shrimp in the bread crumb/cheese mixture I had a lot left over so I sprinkled it over top of the shrimp and then drizzled it with the melted butter. Easy clean up because I lined my pan with non-stick foil. Definitely will make again.
Never cooked shrimp before...this was great! I got a good deal on fresh shrimp from the grocery store, and had all other ingredients on hand. Splurg for GOOD parmesan..it makes difference!
This rivals any shrimp dish in a 5 star restaurant, so I give Marie 5 stars! The lemon over the shrimp just before eating makes them melt in your mouth!
This has got to be one of our favourite recipes. I made this exactally as written using king prawns and served with a salad. Thank you marie for a fantastic recipe. We will use this alot.
Absolutely fabulous! I followed the directions exactly and the shrimps just melted in my mouth. I used a parchment lined 9" square baking pan. 12 shrimps fit perfectly in 3 rows of 4 shrimps. Company-worthy. Will make again as soon as the shrimp goes on sale. Thank you for a great recipe.
Outstanding shrimp! This was so simple to make and the flavor is delicious. I added more garlic, but other than that, didn't change a thing and can't see any reason to do so. We really enjoyed this and will make often. Thanks for posting!
This is a delicious recipe. easy and quick to prepare. Great flavor. Did no tweaking on this one.
Made this last night and was very good. Had a 12oz. bag of medium shrimp in freezer. About 40 shrimp. Will try bigger ones next time. Didn&#039;t have any lemons. Maybe could try a little lemon pepper? Cooked em up with some rice and Red Lobster biscuits. MMM
YUMM!!! So easy and without frying. Don't need as much breadcrumbs and parmesan as directed. I sifted some of the parmesan from the breadcrumb mixture and sprinkle it on my shrimp before putting it in the oven. I will be making these again really soon. Also, using larger shrimp is the best way to go with this recipe.
Perfect, forgot to rate on last review. This was amazing, easy recipe, no mess, and loved by all!
This was soooo yummy! I didn&#039;t make any changes to the recipe other than using a cooking spray instead of marinating the shrimp in oil. Halfway during cooking, I squeezed some lime juice onto the shrimp - I would have used lemon, but I didn&#039;t have any on hand. Served this over some quinoa and sprinkled on some chopped green onion for colour - it made for a quick but filling lunch :) Will make this again!
My husband liked this (4 stars) and I thought it was too bland (2 stars).
Very good. Big hit with both kids!
My kids love to go shrimping at night, so ive been trying new shrimp recipes... well i have found my new favorite. This was simply divine...so easy and so so good! Thank you Marie, and everyones comments made it a must try!
We enjoy this recipes. Family enjoyed it very much. Will be making it again. Thanks for sharing it.
I made these for dinner last night and thought they were probably the best shrimp I have ever had!! They were easy to make and got 5 stars from my fiance too!!
Awesome shrimp! I love shrimp and with the garlic it was heavenly! Definite keeper here marie, thanks
Delicious and quick to prepare. I made as written, however, I also broiled for about 2 minutes to crisp the breading. Awesome!!!
Oh my goodness these are so darned good! The two of us ate every single one while I was still in the kitchen! Next time I'm going to sit down and savor every bite. And not share! Thank you!
Our new favorite shrimp recipe! The reviews aren't wrong - this is fabulous! Made it just as written but I mixed Panko bread crumbs w/ Italian seasoned bread crumbs and forgot about the lemon on accident. My very picky 6-year-old couldn't get enough. Thank you, Marie!
This was good, but my family wasn't in love with it. My husband said it would be much better with a dipping sauce. I will make again. Thank you for posting.
This was excellent - and easy. I used 1 lb. of shrimp(30), extra garlic, and margarine spray instead of butter. I baked for 5 minutes and broiled for 2-3 minutes. Very good. I will do this again and also use this method instead of frying to make parmesan style shrimp with marinara sauce and mozzarella cheese. Thanks so much Marie!
Best Shrimp Ever ! Served over wheat spags with arugala .
Outstanding! I omitted the salt and pepper and used a Cajun seasoning instead. I wanted to spice them up some. To save time and effort I put the bread crumbs and cheese in a gallon sized ziplock and shook them up. Great recipe will make again.
Oh WOW, these are good! No complaints from anyone and cleaned plates all around the table! Which, with one picky boyfriend plus 2 picky kids means ALOT. I could eat 12 of these myself. I even forgot the drizzled butter. Will make this over and over again. Thank you Marie!!!
Very yummy! I will be making these again!
Amazing !!!! I plan to use this recipe again and again ... and again !!!!
Simply delicious and truly wonderful! Sorry to be so late jumping on the bandwagon, but I copied the recipe a long time ago and just realized I had never tried it! Wow!!! I used panko crumbs but otherwise followed the recipe exactly. Thanks so much for my new favorite recipe!
Marie, This is a great and easy recipe. I was lucky to get some beautiful jumbo shrimp (Ten shrimp made a pound!) at the Farmer's Market yesterday so I was in search of a simple recipe for them. This recipe has a mild tasty flavor. I did remove the tails, but other than that, didn't change anything. The recipe makes for a beautiful presentation too. Thanks Marie, Five-Stars is well deserved!
Talk about good.. This is IT! Ezsy to make and the flavor is out of this world delicious!
These were without a doubt as good as any restaurant recipe, if not better!! My husband couldn't stop raving about them. They were simple to make as well, which is nice for our very busy family. We also squeezed on the lemon juice, and it made the flavors pop!
Delicious! I got home late from work and was really tired, so I didn't allow the shrimp to refrigerate for 30 minutes. I let them soak for about 5 minutes at room temperature, then proceeded to step 7. Served with a baked potato and a fresh tossed salad. Thanks Marie for another great recipe!
Oh my gosh...so tasty. I did not have jumbo shrimp, so I used medium shrimp. Needless to say I am sure the bigger shrimp is easier to work with. My husband and I do not like having to pull tails off the shrimp, so I usually do that before I cook them. Other than that I followed the recipe and it was tasty. My oven made the bottoms of the shrimp a little too cooked, so I think next time I will put them on for a minute or two less. Oh, and instead of drizzling butter, I used spray butter instead. Made it very easy to cover the pan. Thanks for posting.
WOW! These shrimp really did live up to the reviews. I used panko bread crumbs so they would be extra crispy. I'm not a fan of frying foods so these baked shrimp were perfect for us. Definitely will be a repeat at our house.
Nice tasting shrimp. So quick and easy. Thanks for posting this recipe.
This is fantastic! I have made it for 2 different groups of people and both have raved about it!

I made exactly like the recipe said.. (but forgot the lemon both times)

Thank you!
From now on, this is the only way I will prepare jumbo shrimp. Wonderful recipe, Marie! I have made it twice and was more than pleased with the results. I used panko crumbs and they were nice and crispy. Squeezing on the lemon was just the right touch. I wouldn't change a thing. Thanks so much!
